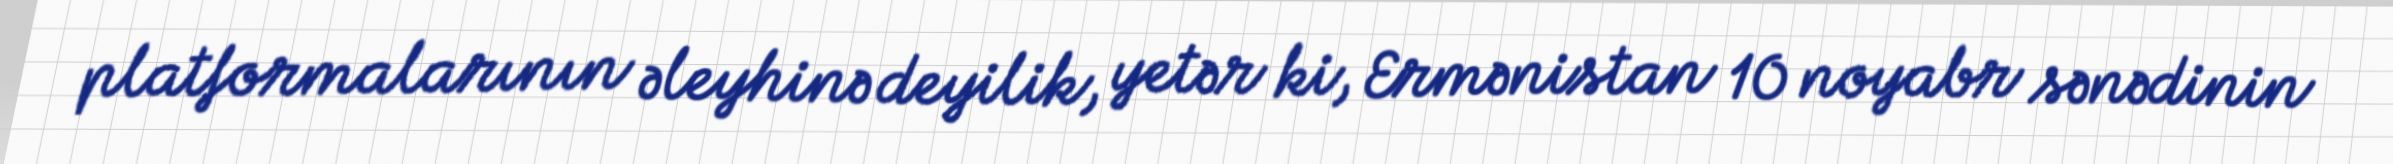
platformalarının əleyhinə deyilik, yetər ki, Ermənistan 10 noyabr sənədinin